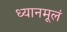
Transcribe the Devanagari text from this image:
ध्यानमूलं